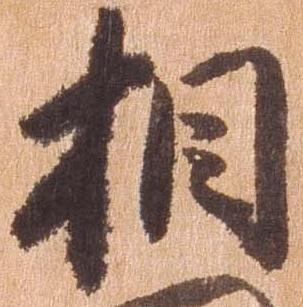
相